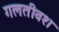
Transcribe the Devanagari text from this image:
गलतीवश